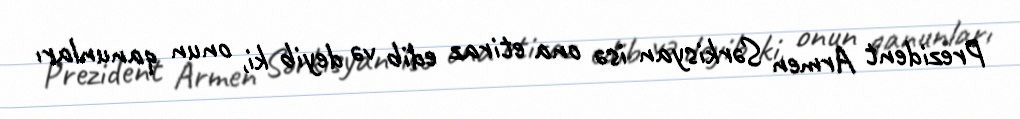
Prezident Armen Sərkisyan isə ona etiraz edib və deyib ki, onun qanunları